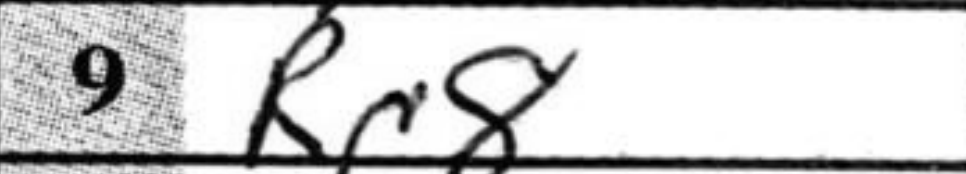
Transcription: Rc8